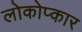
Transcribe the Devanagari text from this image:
लोकोप्कार